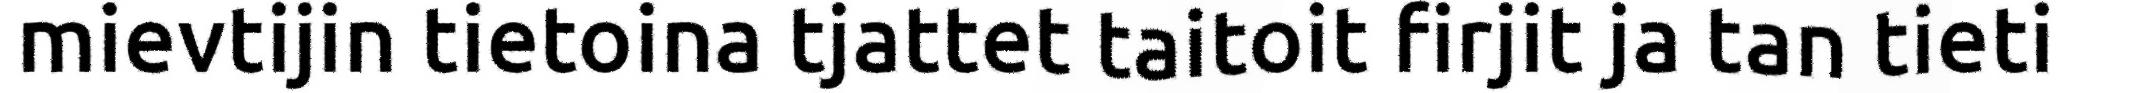
mievtijin tietoina tjattet taitoit firjit ja tan tieti